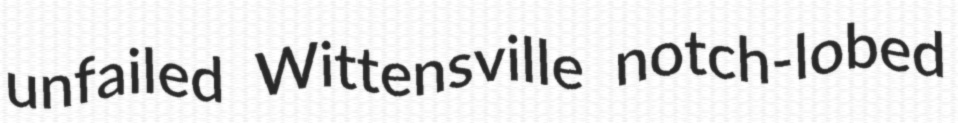
unfailed Wittensville notch-lobed